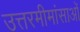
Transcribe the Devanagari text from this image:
उत्तरमीमांसाओं